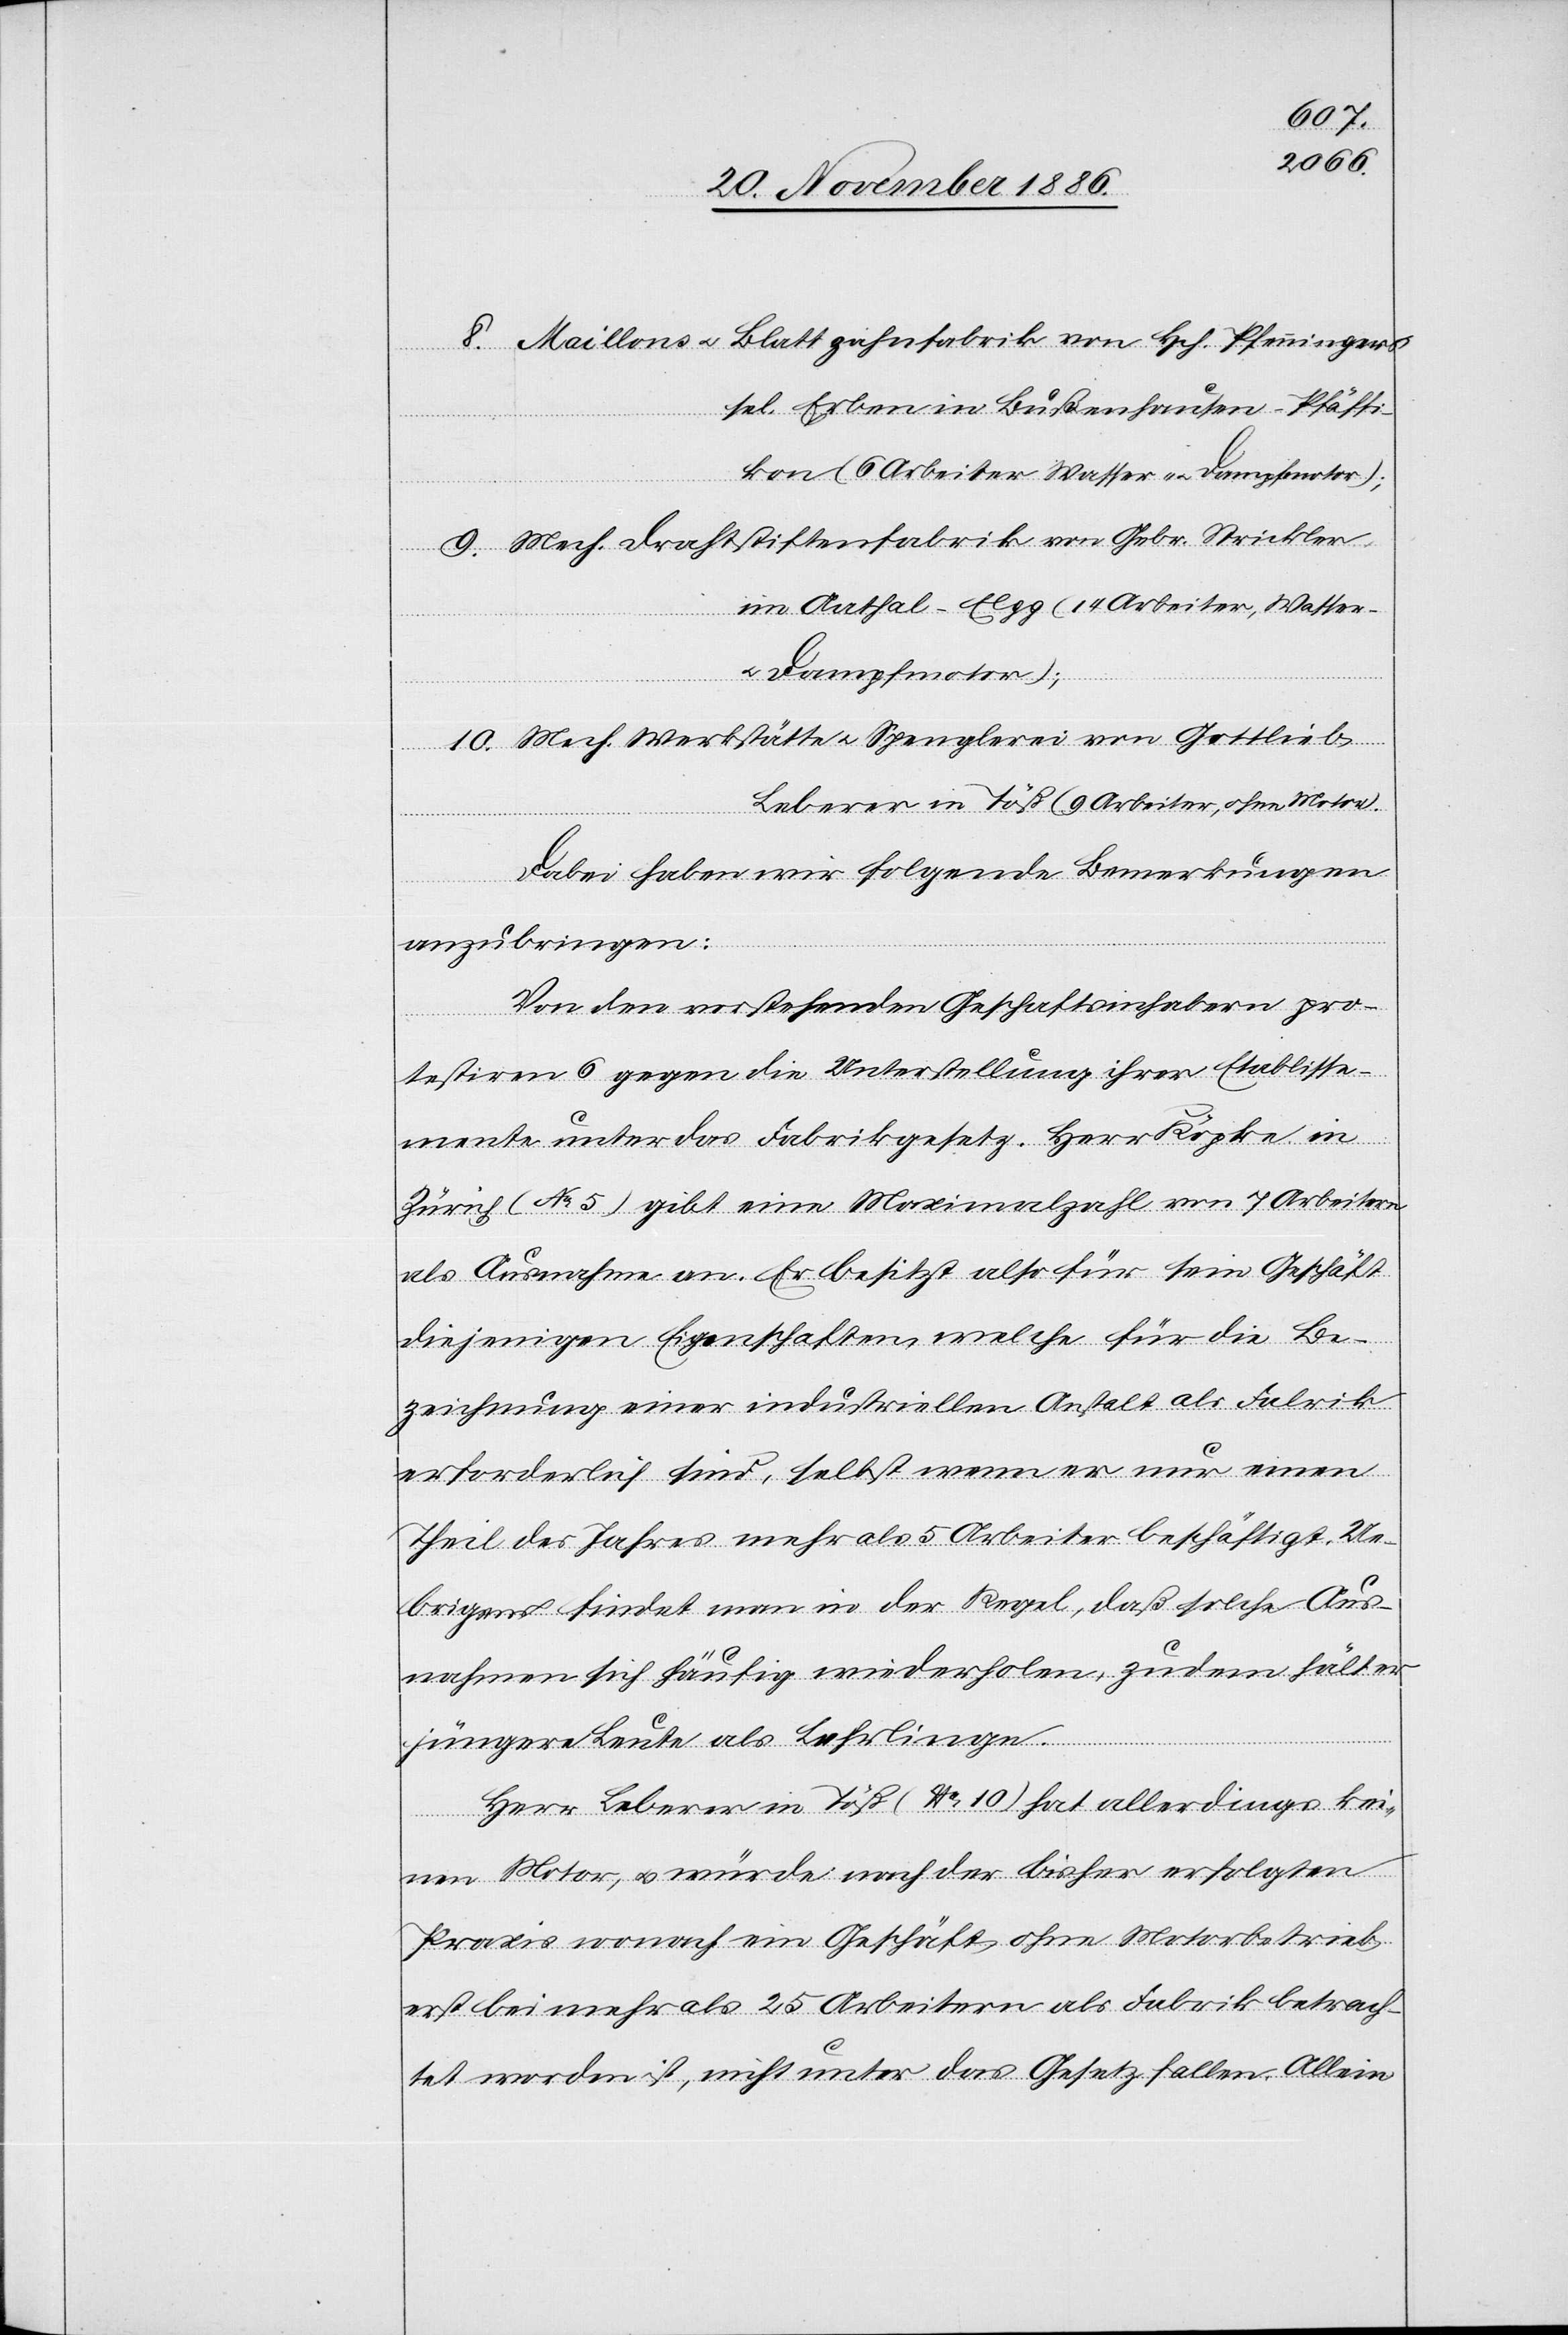
8. Maillons & Blattzahnfabrik von Hch. Pfenningers
sel. Erben in Bußenhausen - Pfäffi¬
kon (6 Arbeiter Wasser- & Dampfmotor);
9. Mech. Drahtstiftenfabrik von Gebr. Strickler
im Aathal - Elgg (14 Arbeiter, Wasser-
c!] pro¬
Dampfmotor);
10. Mech. Werkstätte & Spenglerei von Gottlieb
Leberer in Töß (9 Arbeiter, ohne Motor).
Dabei haben wir folgende Bemerkungen
anzubringen:
Von den vorstehenden Geschaftsinhabern [si¬
testiren 6 gegen die Unterstellung ihrer Etablisse¬
mente unter das Fabrikgesetz. Herr Köpke in
Zürich (No 6) gibt eine Maximalzahl von 7 Arbeitern
als Ausnahme an. Er besitzt also für sein Geschäft
diejenigen Eigenschaften, welche für die Be¬
zeichnung einer industriellen Anstalt als Fabrik
erforderlich sind, selbst wenn er nur einen
Theil des Jahres mehr als 5 Arbeiter beschäftigt. Ue¬
brigens findet man in der Regel, daß solche Aus¬
nahmen sich häufig wiederholen, zudem hält er
jüngere Leute als Lehrlinge.
Herr Leberer in Töß (No 10) hat allerdings kei¬
nen Motor, & würde nach der bisher erfolgten
Praxis wonach ein Geschäft ohne Motorbetrieb
erst bei mehr als 25 Arbeitern als Fabrik betrach¬
tet worden ist, nicht unter das Gesetz fallen. Allein